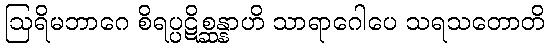
ဩရိမဘာဂေ စိရပ္ပဋိစ္ဆန္နာဟိ သာရာဂေါပေ သရသတောတိ